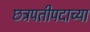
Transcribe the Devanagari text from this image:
छत्रपतीपदाच्या